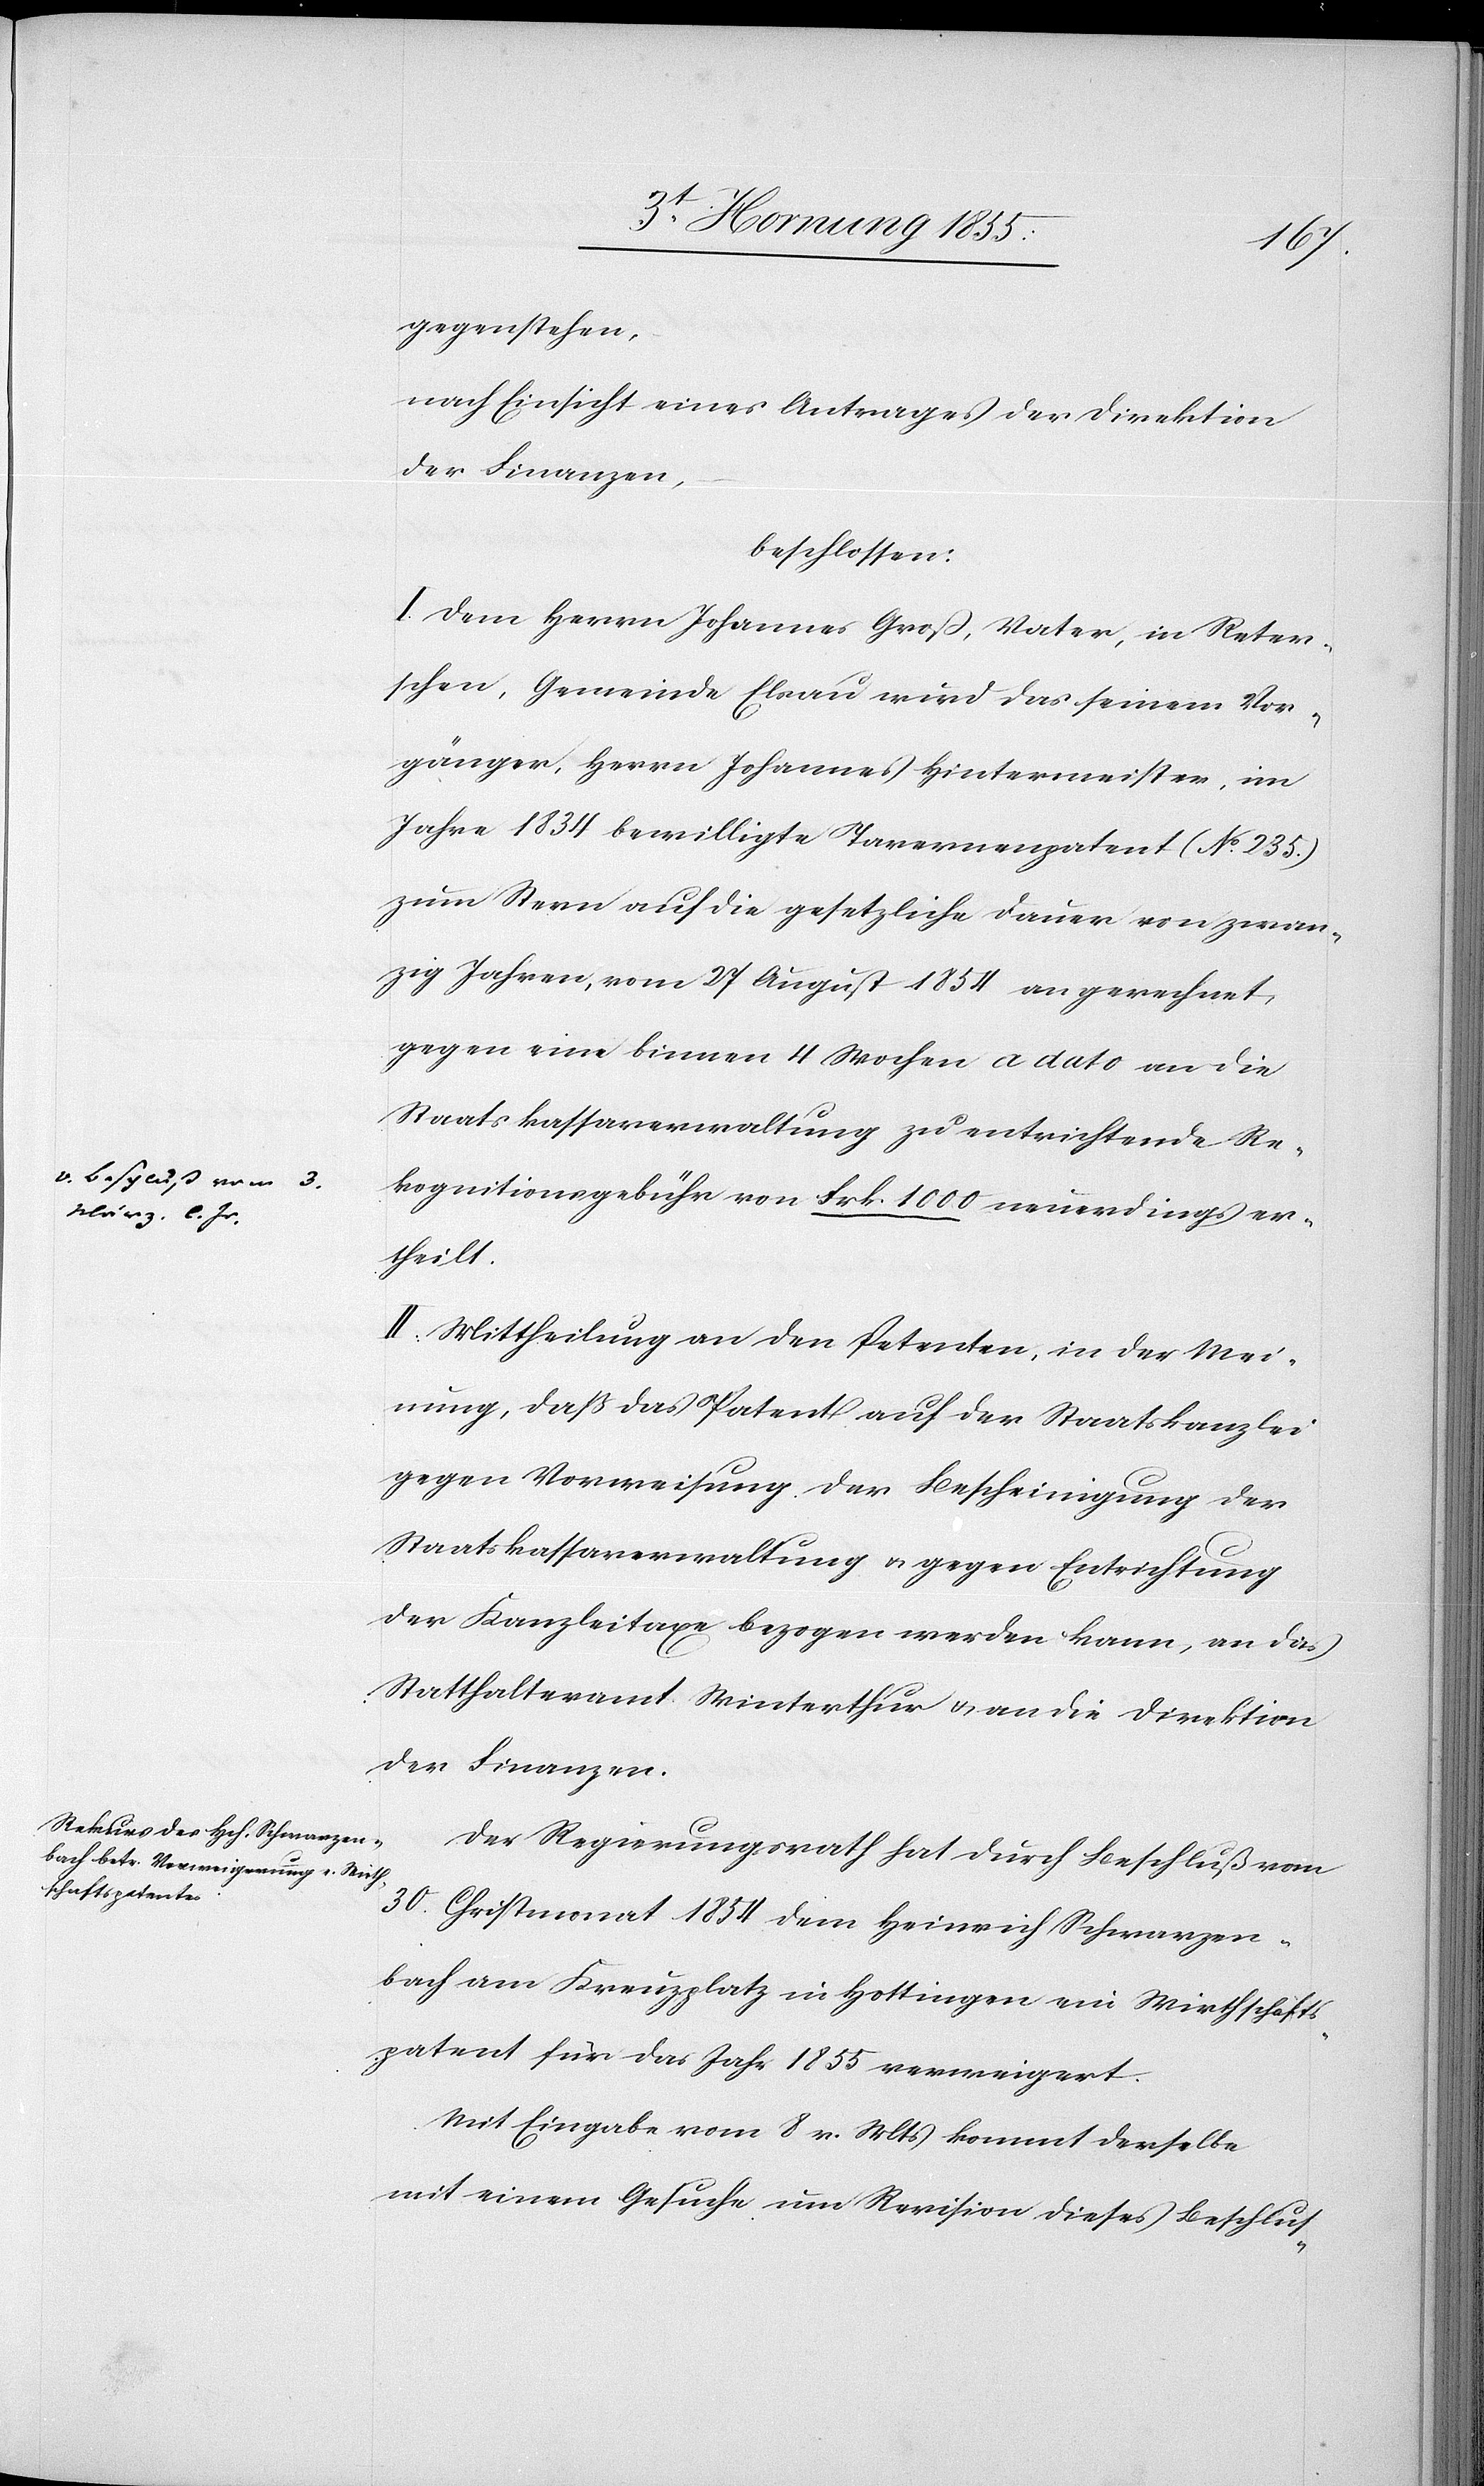
gegenstehen,
nach Einsicht eines Antrages der Direktion
der Finanzen,
beschlossen:
I. Dem Herrn Johannes Groß, Vater, in Reter¬
schen, Gemeinde Elsau wird das seinem Vor¬
gänger, Herrn Johannes Hintermeister, im
Jahre 1834 bewilligte Tavernenpatent (No. 235.)
zum Stern auf die gesetzliche Dauer von zwan¬
zig Jahren, vom 27 August 1854 an gerechnet,
gegen eine binnen 4 Wochen a dato an die
Staatskassaverwaltung zu entrichtende Re¬
3.
kognitionsgebühr von Frk. 1000 a-v. Beschluß vom
März l. Js-a
ertheilt.
II. Mittheilung an den Petenten, in der Mei¬
nung, daß das Patent auf der Staatskanzlei
gegen Vorweisung der Bescheinigung der
Staatskassaverwaltung & gegen Entrichtung
der Kanzleitaxe bezogen werden kann, an das
Statthalteramt Winterthur & an die Direktion
der Finanzen.
Der Regierungsrath hat durch Beschluß vom
30. Christmonat 1854 dem Heinrich Schwarzen¬
bach am Kreuzplatz in Hottingen ein Wirthschafts¬
patent für das Jahr 1855 verweigert.
Mit Eingabe vom 8 v. Mts kommt derselbe
mit einem Gesuche um Revision dieses Beschlus-